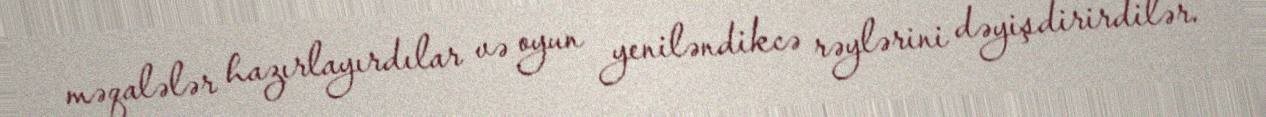
məqalələr hazırlayırdılar və oyun yeniləndikcə rəylərini dəyişdirirdilər.